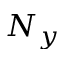
N _ { y }